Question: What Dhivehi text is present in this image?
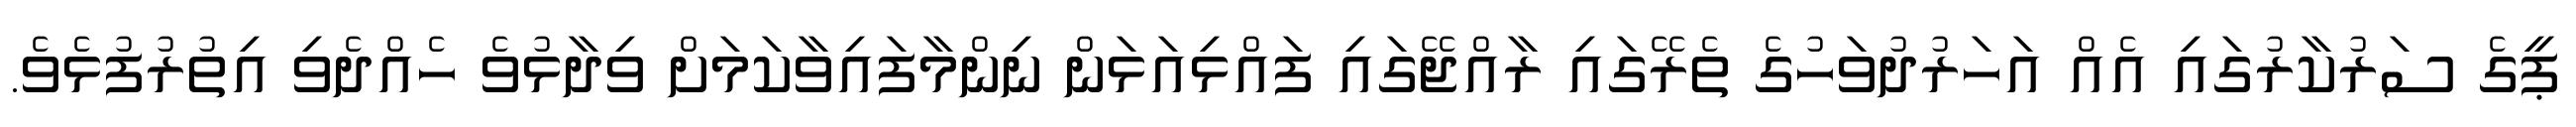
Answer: ޕީގެ ސަރުކާރުގައި އެއް އަހަރުދުވަހުގެ ތެރޭގައި ރާއްޖޭގައި ފައްޅިއަޅަން ނިންމާފައިވާކަމަށް ވިދާޅުވެ ހެއްދެވި އިތުރުފުޅެވެ.